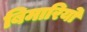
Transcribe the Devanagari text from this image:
बिमारियो